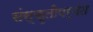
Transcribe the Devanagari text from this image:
संस्कृतीपर्यंत